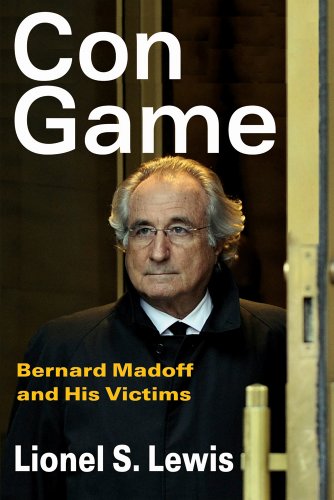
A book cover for Con Game: Bernard Madoff and His Victims; Lionel S. Lewis; Biographies & Memoirs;